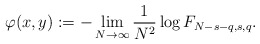
\begin{align*}\varphi(x,y):=-\lim_{N\to\infty}\frac{1}{N^2}\log F_{N-s-q,s,q}.\end{align*}